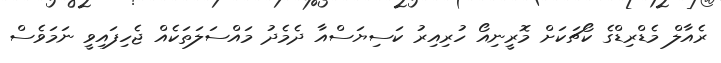
ރެއާލް މެޑްރިޑްގެ ކޯޗަކަށް މޮރީނިއޯ ހުރިއިރު ކަސިޔަސްއާ ދެމެދު މައްސަލަތަކެއް ޖެހިފައިވީ ނަމަވެސް